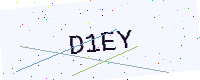
Text: D1EY